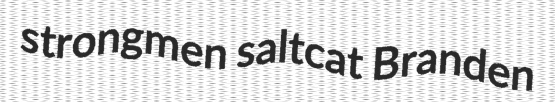
strongmen saltcat Branden